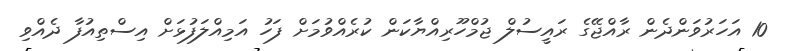
10 އަހަރުވަންދެން ރާއްޖޭގެ ރައީސުލް ޖުމްހޫރިއްޔާކަން ކުރެއްވުމަށް ފަހު އަމިއްލަފުޅަށް އިސްތިއުފާ ދެއްވި